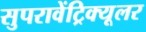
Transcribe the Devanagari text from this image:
सुपरावेंट्रिक्यूलर